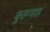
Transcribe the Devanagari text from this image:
कुरूपाठ